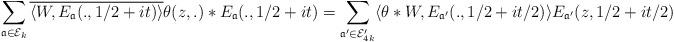
LaTeX: \begin{align*}\sum_{\mathfrak{a}\in \mathcal{E}_k } \overline{\langle W, E_{\mathfrak{a}}(.,1/2+it)\rangle} \theta(z,.)*E_{\mathfrak{a}} (.,1/2+it) = \sum_{\mathfrak{a}^{\prime}\in \mathcal{E}^{\prime}_{4k}} \langle \theta*W, E_{\mathfrak{a}^{\prime}}(.,1/2+it/2)\rangle E_{\mathfrak{a}^{\prime}}(z,1/2+it/2)\end{align*}